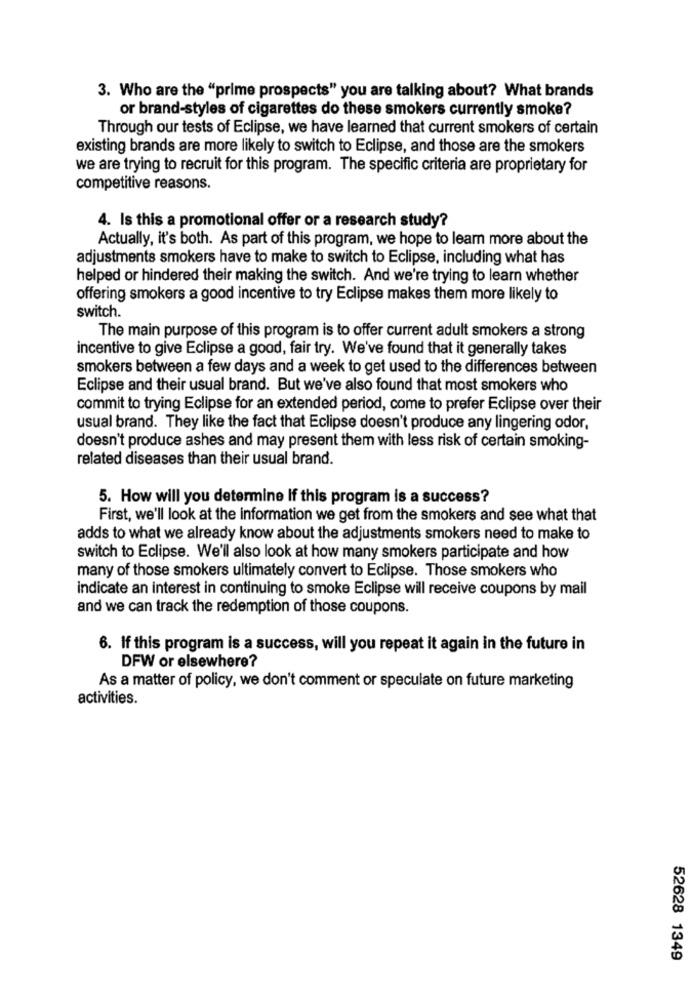
3. Who are the "prime prospects" you are talking about? What brands
or brand-styles of cigarettes do these smokers currently smoke?
Through our tests of Eclipse, we have learned that current smokers of certain
existing brands are more likely to switch to Eclipse, and those are the smokers
we are trying to recruit for this program. The specific criteria are proprietary for
competitive reasons.
4. Is this a promotional offer or a research study?
Actually, it's both. As part of this program, we hope to learn more about the
adjustments smokers have to make to switch to Eclipse, including what has
helped or hindered their making the switch. And we're trying to learn whether
offering smokers a good incentive to try Eclipse makes them more likely to
switch.
The main purpose of this program is to offer current adult smokers a strong
incentive to give Eclipse a good, fair try. We've found that it generally takes
smokers between a few days and a week to get used to the differences between
Eclipse and their usual brand. But we've also found that most smokers who
commit to trying Eclipse for an extended period, come to prefer Eclipse over their
usual brand. They like the fact that Eclipse doesn't produce any lingering odor,
doesn't produce ashes and may present them with less risk of certain smoking-
related diseases than their usual brand.
5. How will you determine If this program is a success?
First, we'll look at the information we get from the smokers and see what that
adds to what we already know about the adjustments smokers need to make to
switch to Eclipse. We'll also look at how many smokers participate and how
many of those smokers ultimately convert to Eclipse. Those smokers who
indicate an interest in continuing to smoke Eclipse will receive coupons by mail
and we can track the redemption of those coupons.
6. If this program is a success, will you repeat it again in the future in
DFW or elsewhere?
As a matter of policy, we don't comment or speculate on future marketing
activities.
52628 1349